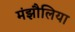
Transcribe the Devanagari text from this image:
मंझौलिया